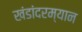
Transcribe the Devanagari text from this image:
खंडांदरम्यान